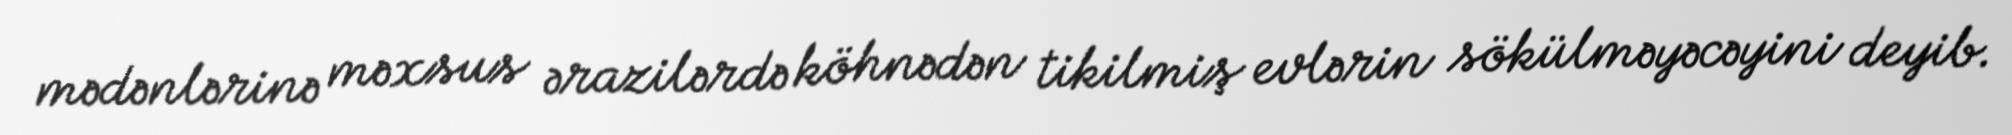
mədənlərinə məxsus ərazilərdə köhnədən tikilmiş evlərin sökülməyəcəyini deyib.